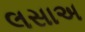
લસાઅ